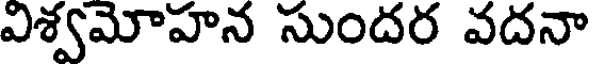
విశ్వమోహన సుందర వదనా